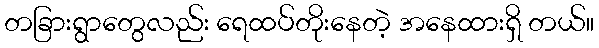
တခြားရွာတွေလည်း ရေထပ်တိုးနေတဲ့ အနေထားရှိ တယ်။